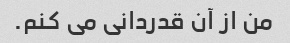
من از آن قدردانی می کنم.